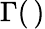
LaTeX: \Gamma(\, )